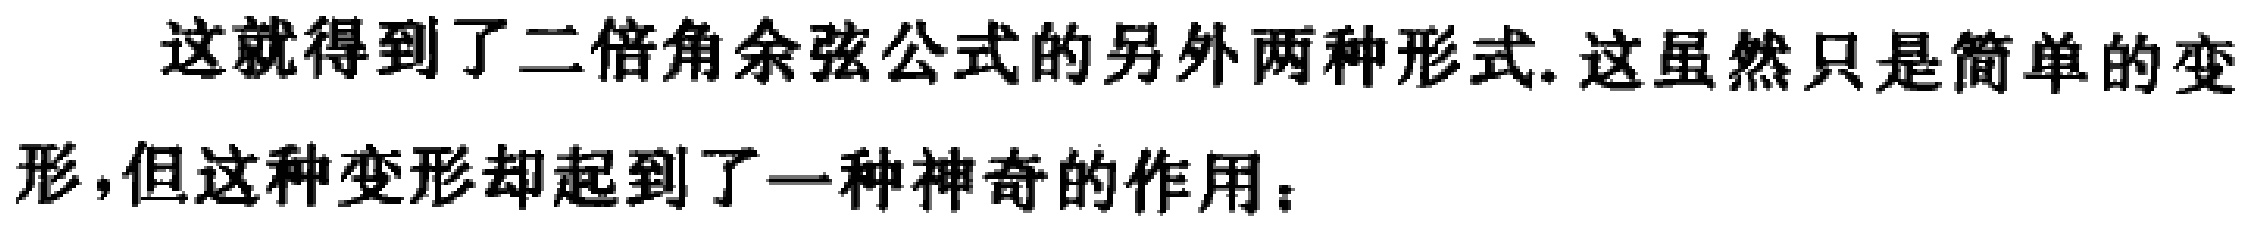
这就得到了二倍角余弦公式的另外两种形式. 这虽然只是简单的变形,但这种变形却起到了一种神奇的作用：